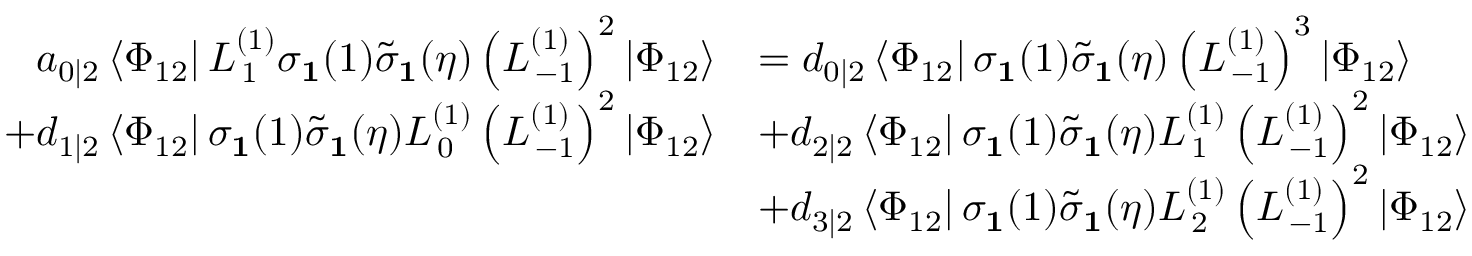
\begin{array} { r l } { a _ { 0 | 2 } \left\langle \Phi _ { 1 2 } \right| L _ { \, 1 } ^ { ( 1 ) } \sigma _ { \mathbf { 1 } } ( 1 ) \tilde { \sigma } _ { \mathbf { 1 } } ( \eta ) \left( L _ { \, - 1 } ^ { ( 1 ) } \right) ^ { 2 } \left| \Phi _ { 1 2 } \right\rangle } & { = d _ { 0 | 2 } \left\langle \Phi _ { 1 2 } \right| \sigma _ { \mathbf { 1 } } ( 1 ) \tilde { \sigma } _ { \mathbf { 1 } } ( \eta ) \left( L _ { \, - 1 } ^ { ( 1 ) } \right) ^ { 3 } \left| \Phi _ { 1 2 } \right\rangle } \\ { + d _ { 1 | 2 } \left\langle \Phi _ { 1 2 } \right| \sigma _ { \mathbf { 1 } } ( 1 ) \tilde { \sigma } _ { \mathbf { 1 } } ( \eta ) L _ { \, 0 } ^ { ( 1 ) } \left( L _ { \, - 1 } ^ { ( 1 ) } \right) ^ { 2 } \left| \Phi _ { 1 2 } \right\rangle } & { + d _ { 2 | 2 } \left\langle \Phi _ { 1 2 } \right| \sigma _ { \mathbf { 1 } } ( 1 ) \tilde { \sigma } _ { \mathbf { 1 } } ( \eta ) L _ { \, 1 } ^ { ( 1 ) } \left( L _ { \, - 1 } ^ { ( 1 ) } \right) ^ { 2 } \left| \Phi _ { 1 2 } \right\rangle } \\ & { + d _ { 3 | 2 } \left\langle \Phi _ { 1 2 } \right| \sigma _ { \mathbf { 1 } } ( 1 ) \tilde { \sigma } _ { \mathbf { 1 } } ( \eta ) L _ { \, 2 } ^ { ( 1 ) } \left( L _ { \, - 1 } ^ { ( 1 ) } \right) ^ { 2 } \left| \Phi _ { 1 2 } \right\rangle } \end{array}